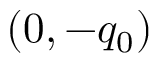
( 0 , - q _ { 0 } )